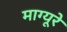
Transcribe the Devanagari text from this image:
माग्यूरे